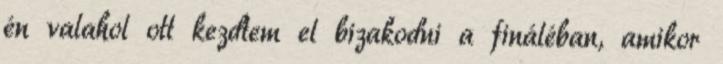
én valahol ott kezdtem el bizakodni a fináléban, amikor